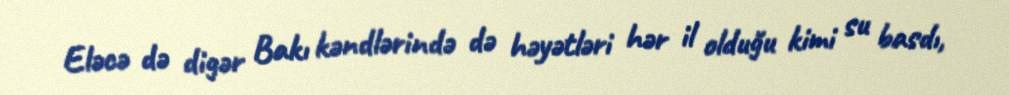
Eləcə də digər Bakı kəndlərində də həyətləri hər il olduğu kimi su basdı,